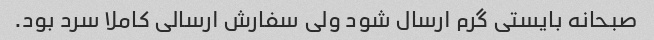
صبحانه بایستی گرم ارسال شود ولی سفارش ارسالی کاملا سرد بود.